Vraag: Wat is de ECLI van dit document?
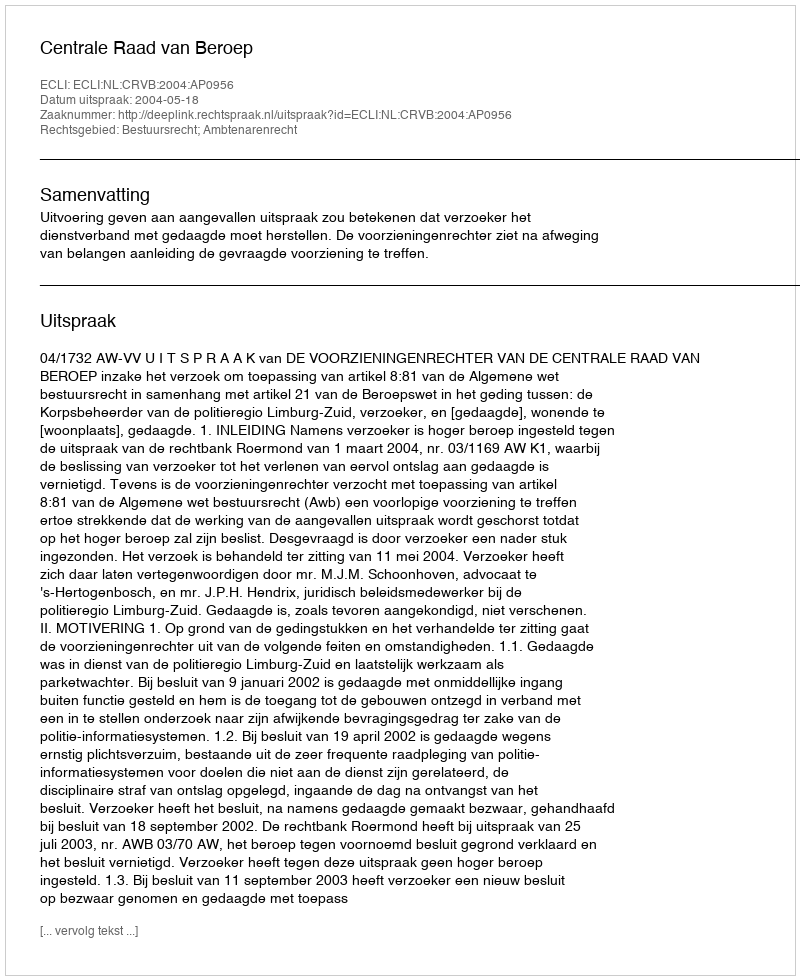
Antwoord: ECLI:NL:CRVB:2004:AP0956